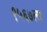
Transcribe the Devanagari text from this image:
१५६७ला